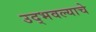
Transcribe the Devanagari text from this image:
उद्भवल्याचे